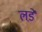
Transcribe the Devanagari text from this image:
लडे़